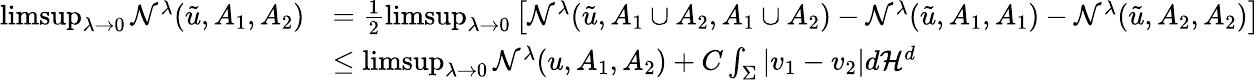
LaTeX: \begin{array}{rl}{\operatorname*{limsup}_{\lambda\to 0}\mathcal{N}^{\lambda}(\tilde{u},A_{1},A_{2})}&{=\frac{1}{2}\operatorname*{limsup}_{\lambda\to 0}\left[\mathcal{N}^{\lambda}(\tilde{u},A_{1}\cup A_{2},A_{1}\cup A_{2})-\mathcal{N}^{\lambda}(\tilde{u},A_{1},A_{1})-\mathcal{N}^{\lambda}(\tilde{u},A_{2},A_{2})\right]}\\ &{\leq\operatorname*{limsup}_{\lambda\to 0}\mathcal{N}^{\lambda}(u,A_{1},A_{2})+C\int_{\Sigma}|v_{1}-v_{2}|d\mathcal{H}^{d}}\end{array}